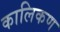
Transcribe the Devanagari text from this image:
कालिकण